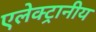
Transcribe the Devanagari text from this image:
एलेक्ट्रानीय